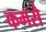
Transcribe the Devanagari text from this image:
कमसे